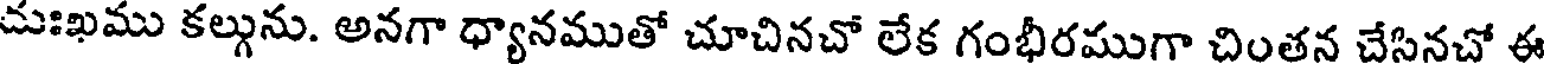
దుఃఖము కల్గును. అనగా ధ్యానముతో చూచినచో లేక గంభీరముగా చింతన చేసినచో ఈ